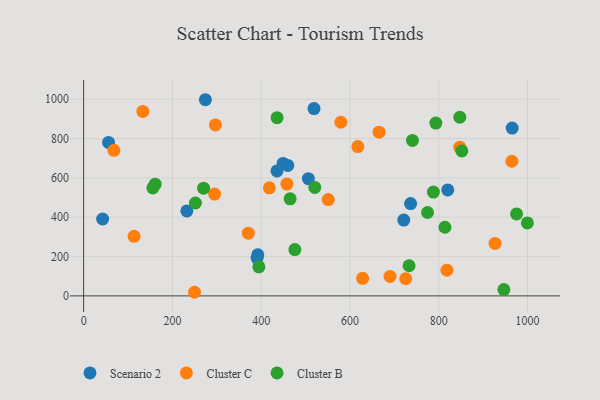
{"axis": {"x": "Experience", "y": "Yield"}, "legend": ["Cluster B", "Cluster C", "Scenario 2"], "data": [{"x": "232.5", "y": 432.0, "type": "Scenario 2"}, {"x": "820.3", "y": 538.6, "type": "Scenario 2"}, {"x": "449.4", "y": 673.5, "type": "Scenario 2"}, {"x": "519.0", "y": 952.6, "type": "Scenario 2"}, {"x": "506.3", "y": 595.9, "type": "Scenario 2"}, {"x": "274.3", "y": 997.5, "type": "Scenario 2"}, {"x": "390.8", "y": 192.4, "type": "Scenario 2"}, {"x": "965.5", "y": 853.5, "type": "Scenario 2"}, {"x": "721.2", "y": 385.7, "type": "Scenario 2"}, {"x": "56.2", "y": 780.4, "type": "Scenario 2"}, {"x": "42.8", "y": 391.0, "type": "Scenario 2"}, {"x": "459.9", "y": 663.6, "type": "Scenario 2"}, {"x": "736.6", "y": 469.5, "type": "Scenario 2"}, {"x": "435.6", "y": 635.4, "type": "Scenario 2"}, {"x": "392.3", "y": 209.2, "type": "Scenario 2"}, {"x": "579.5", "y": 882.9, "type": "Cluster C"}, {"x": "113.7", "y": 302.7, "type": "Cluster C"}, {"x": "818.5", "y": 130.8, "type": "Cluster C"}, {"x": "551.2", "y": 489.7, "type": "Cluster C"}, {"x": "964.8", "y": 684.7, "type": "Cluster C"}, {"x": "458.0", "y": 568.6, "type": "Cluster C"}, {"x": "725.7", "y": 87.2, "type": "Cluster C"}, {"x": "68.2", "y": 740.4, "type": "Cluster C"}, {"x": "133.4", "y": 937.8, "type": "Cluster C"}, {"x": "665.6", "y": 832.5, "type": "Cluster C"}, {"x": "295.0", "y": 517.6, "type": "Cluster C"}, {"x": "418.5", "y": 549.5, "type": "Cluster C"}, {"x": "847.4", "y": 756.3, "type": "Cluster C"}, {"x": "296.8", "y": 869.2, "type": "Cluster C"}, {"x": "617.8", "y": 759.4, "type": "Cluster C"}, {"x": "628.5", "y": 89.2, "type": "Cluster C"}, {"x": "690.3", "y": 99.0, "type": "Cluster C"}, {"x": "249.8", "y": 18.4, "type": "Cluster C"}, {"x": "371.0", "y": 318.8, "type": "Cluster C"}, {"x": "926.9", "y": 266.6, "type": "Cluster C"}, {"x": "156.0", "y": 549.1, "type": "Cluster B"}, {"x": "394.8", "y": 148.0, "type": "Cluster B"}, {"x": "774.8", "y": 424.1, "type": "Cluster B"}, {"x": "852.0", "y": 737.2, "type": "Cluster B"}, {"x": "999.7", "y": 370.8, "type": "Cluster B"}, {"x": "814.0", "y": 349.1, "type": "Cluster B"}, {"x": "465.2", "y": 493.7, "type": "Cluster B"}, {"x": "251.9", "y": 472.3, "type": "Cluster B"}, {"x": "435.8", "y": 906.0, "type": "Cluster B"}, {"x": "270.3", "y": 547.8, "type": "Cluster B"}, {"x": "788.0", "y": 528.1, "type": "Cluster B"}, {"x": "161.2", "y": 568.2, "type": "Cluster B"}, {"x": "475.9", "y": 235.7, "type": "Cluster B"}, {"x": "975.3", "y": 416.9, "type": "Cluster B"}, {"x": "793.5", "y": 878.7, "type": "Cluster B"}, {"x": "946.8", "y": 31.9, "type": "Cluster B"}, {"x": "847.5", "y": 908.4, "type": "Cluster B"}, {"x": "740.8", "y": 790.6, "type": "Cluster B"}, {"x": "733.2", "y": 153.3, "type": "Cluster B"}, {"x": "520.8", "y": 551.4, "type": "Cluster B"}]}